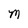
Character: M